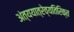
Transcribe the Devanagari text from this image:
अंत्ययात्रेव्यतिरिक्त